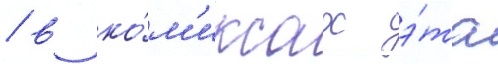
/ в ко́м'иксах э́та